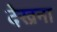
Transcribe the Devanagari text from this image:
देख्रना